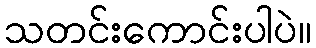
သတင်းကောင်းပါပဲ။